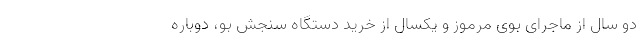
دو سال از ماجرای بوی مرموز و یکسال از خرید دستگاه سنجش بو، دوباره